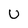
Character: U